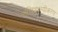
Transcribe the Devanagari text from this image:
पाश्चिमात्यीकरण